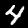
Digit: 4